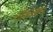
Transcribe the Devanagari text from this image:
ठोकळ्यांना